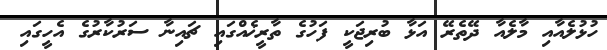
ހުޅުލެއާއި މާލެއާ ދޭތެރޭ އަޅާ ބުރިޖަކީ ފަހުގެ ތާރީޚެއްގައި ޗައިނާ ސަރުކާރުގެ އެހީގައި